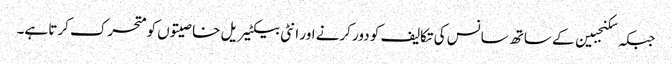
جبکہ سکنجبین کے ساتھ سانس کی تکالیف کو دور کرنے اور انٹی بیکٹیریل خاصیتوں کو متحرک کرتا ہے۔